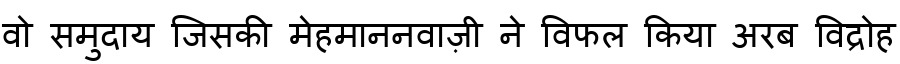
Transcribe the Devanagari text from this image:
वो समुदाय जिसकी मेहमाननवाज़ी ने विफल किया अरब विद्रोह